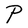
Character: P